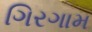
ગિરગામ